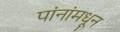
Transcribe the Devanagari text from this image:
पांनांमधून